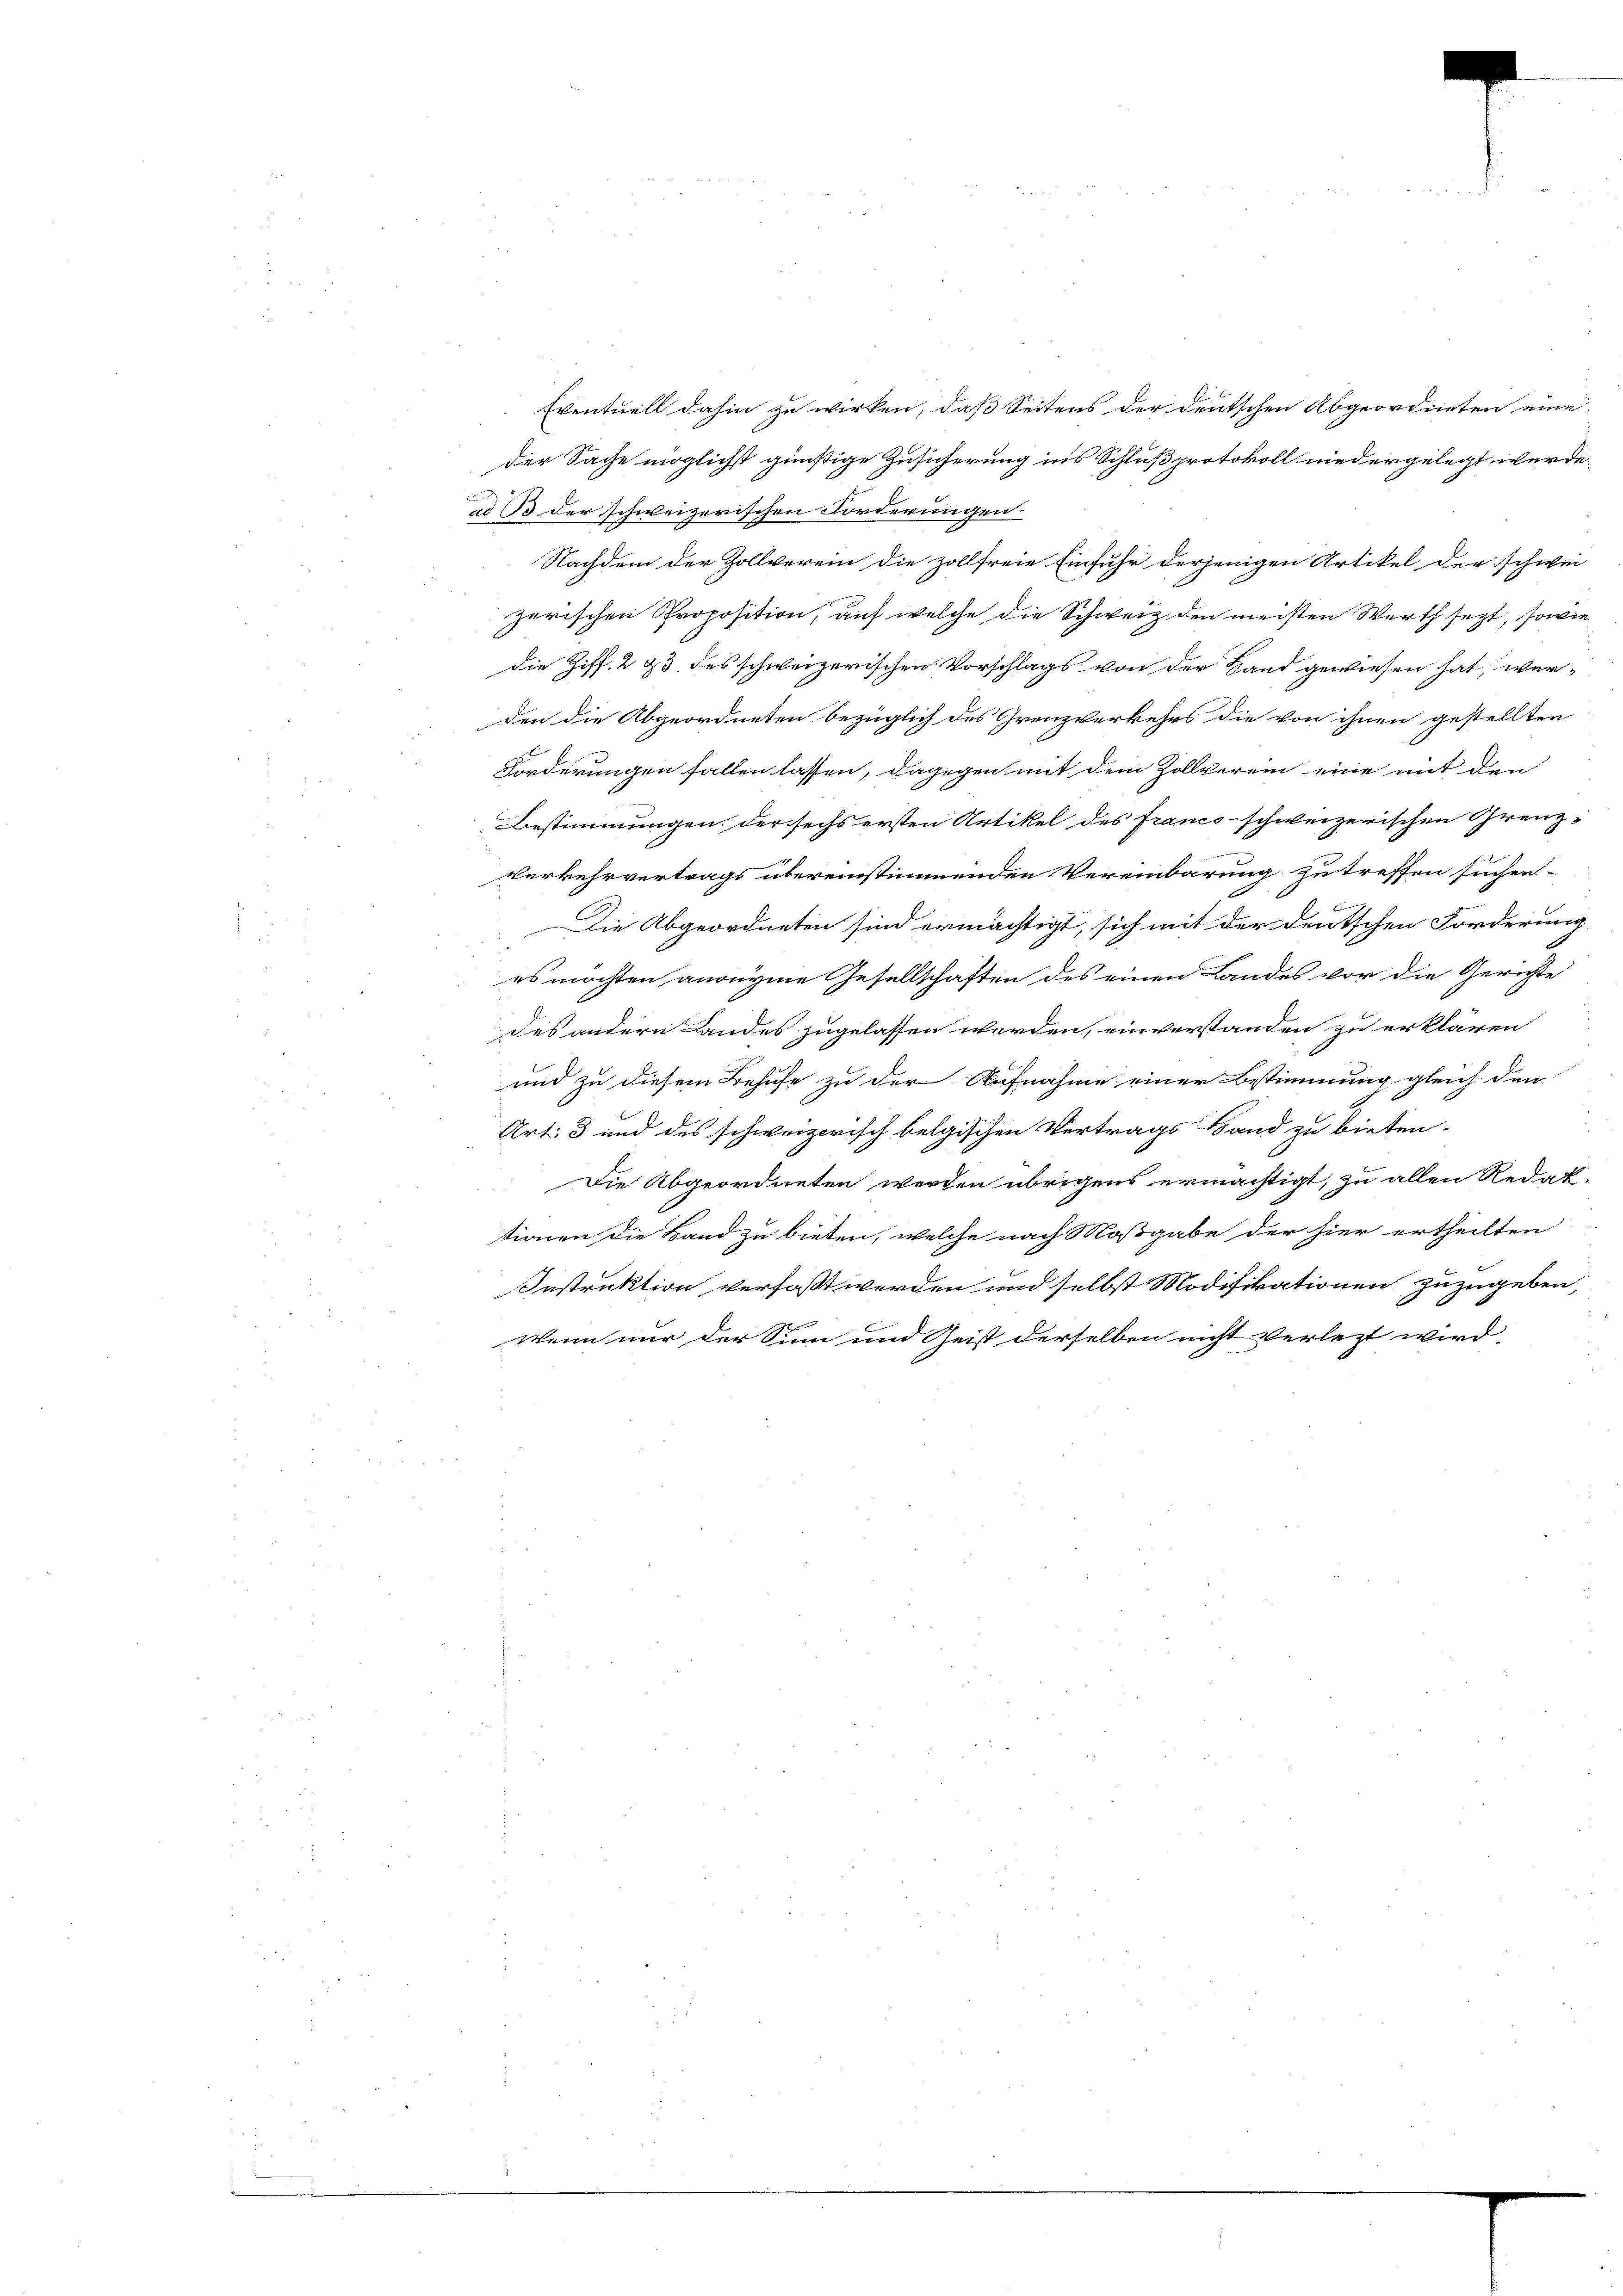
Eventuell dahin zu wirken, daß Seitens der deutschen Abgeordneten eine
der Sache möglichst günstige Zusicherung ins Schlußprotokoll niedergelegt werde.
ad B. der schweizerischen Forderungen.
Nachdem der Zollverein die zollfreie Einfuhr derjenigen Artikel der schweizerischen Proposition, auf welche die Schweiz den meisten Werth sezt, sowie
die Ziff. 2 & 3 des schweizerischen Vorschlags von der Hand gewiesen hat, werden die Abgeordneten bezüglich des Grenzverkehrs die von ihnen gestellten
Forderungen fallen lassen, dagegen mit dem Zollverein eine mit den
Bestimmungen der sechs ersten Artikel des francs-schweizerischen Grenz-
Verkehrvertrags übereinstimmenden Vereinbarung zu treffen suchen.
Die Abgeordneten sind ermächtigt, sich mit der deutschen Forderung.
es möchten anonyme Gesellschaften des einen Landes vor die Gerichte
des andern Landes zugelassen werden, einverstanden zu erklären
und zu diesem Behufe zu der Aufnahme einer Bestimmung gleich den
Art. 3 und des schweizerisch belgischen Vertrags Band zu bieten.
Die Abgeordneten werden übrigens ermächtigt, zu allen Redak-
tionen die Band zu bieten, welche nach Moßgabe der hier ertheilten
Instruktion verfaßt werden und selbst Modifikationen zuzugeben,
Wenn nur der Sinn und Geist derselben nicht verlezt wird,